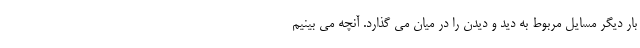
بار دیگر مسایل مربوط به دید و دیدن را در میان می گذارد. آنچه می بینیم